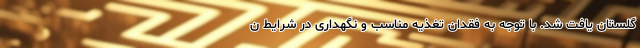
گلستان یافت شد. با توجه به فقدان تغذیه مناسب و نگهداری در شرایط ن